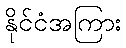
နိုင်ငံအကြား